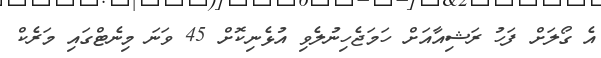
އެ ގޯލަށް ފަހު ރަޝިއާއަށް ހަމަޖެހިނުލެވި އުޅެނިކޮށް 45 ވަނަ މިނެޓްގައި މަރެކް